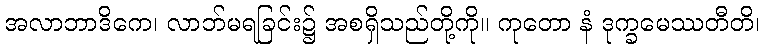
အလာဘာဒိကေ၊ လာဘ်မရခြင်း၌ အစရှိသည်တို့ကို။ ကုတော နံ ဒုက္ခမေဿတီတိ၊